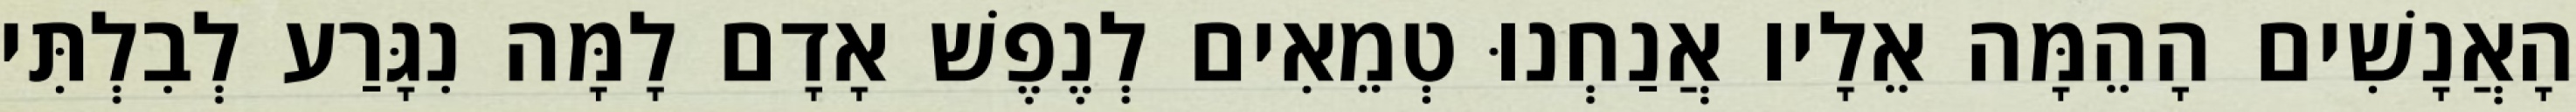
הָאֲנָשִׁים הָהֵמָּה אֵלָיו אֲנַחְנוּ טְמֵאִים לְנֶפֶשׁ אָדָם לָמָּה נִגָּרַע לְבִלְתִּי